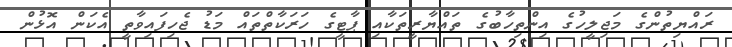
ރައްޔިތުންގެ މަޖިލީހުގެ އިންތިހާބުގެ ތައްޔާރީތަކާއި ޕާޓީގެ ހަރަކާތްތައް މަޑު ޖެހިފައިވާތީ އެކަން އޮޅުން